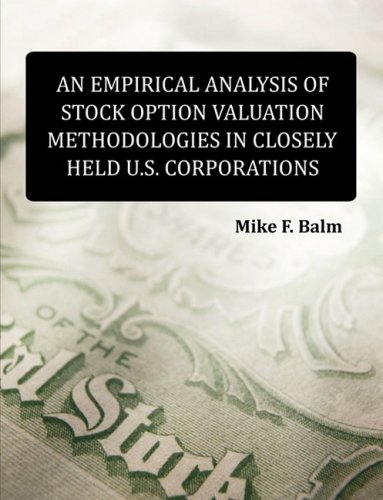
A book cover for An Empirical Analysis of Stock Option Valuation Methodologies in Closely Held U.S. Corporations; Mike Fred Balm; Politics & Social Sciences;